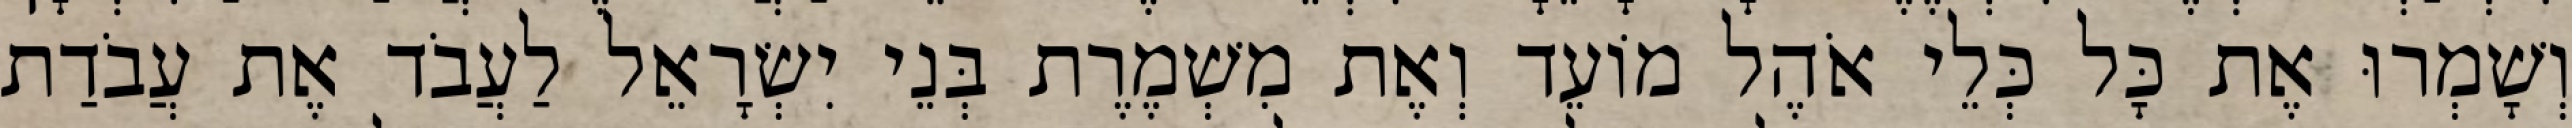
וְשָׁמְרוּ אֶת כָּל כְּלֵי אֹהֶל מוֹעֵד וְאֶת מִשְׁמֶרֶת בְּנֵי יִשְׂרָאֵל לַעֲבֹד אֶת עֲבֹדַת